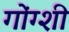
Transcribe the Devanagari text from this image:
गोंग्शी